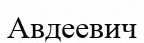
Авдеевич